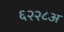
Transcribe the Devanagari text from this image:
६२२८अ